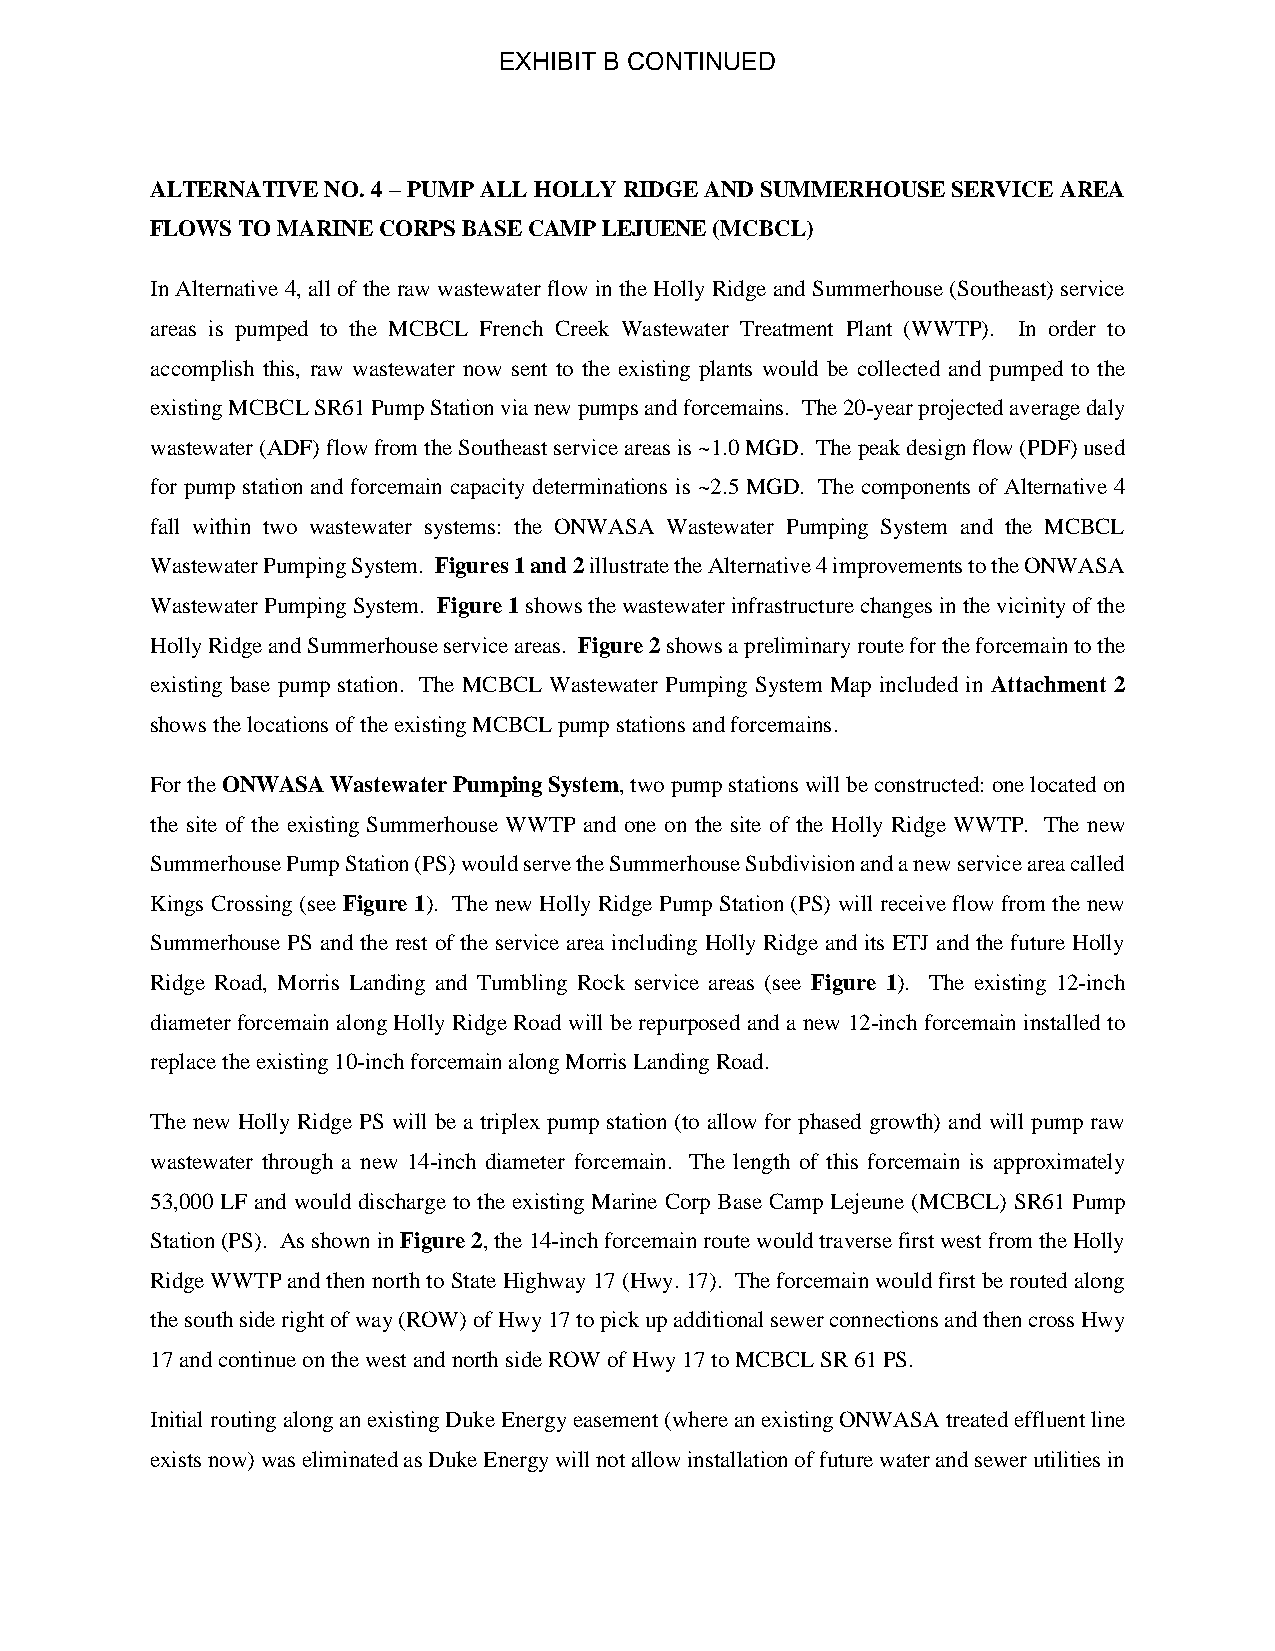
EXHIBIT B CONTINUED
 ALTERNATIVE NO. 4 – PUMP ALL HOLLY RIDGE AND SUMMERHOUSE SERVICE AREA
 FLOWS TO MARINE CORPS BASE CAMP LEJUENE (MCBCL)
 In Alternative 4, all of the raw wastewater flow in the Holly Ridge and Summerhouse (Southeast) service
 areas is pumped to the MCBCL French Creek Wastewater Treatment Plant (WWTP). In order to
 accomplish this, raw wastewater now sent to the existing plants would be collected and pumped to the
 existing MCBCL SR61 Pump Station via new pumps and forcemains. The 20-year projected average daly
 wastewater (ADF) flow from the Southeast service areas is ~1.0 MGD. The peak design flow (PDF) used
 for pump station and forcemain capacity determinations is ~2.5 MGD. The components of Alternative 4
 fall within two wastewater systems: the ONWASA Wastewater Pumping System and the MCBCL
 Wastewater Pumping System. Figures 1 and 2 illustrate the Alternative 4 improvements to the ONWASA
 Wastewater Pumping System. Figure 1 shows the wastewater infrastructure changes in the vicinity of the
 Holly Ridge and Summerhouse service areas. Figure 2 shows a preliminary route for the forcemain to the
 existing base pump station. The MCBCL Wastewater Pumping System Map included in Attachment 2
 shows the locations of the existing MCBCL pump stations and forcemains.
 For the ONWASA Wastewater Pumping System, two pump stations will be constructed: one located on
 the site of the existing Summerhouse WWTP and one on the site of the Holly Ridge WWTP. The new
 Summerhouse Pump Station (PS) would serve the Summerhouse Subdivision and a new service area called
 Kings Crossing (see Figure 1). The new Holly Ridge Pump Station (PS) will receive flow from the new
 Summerhouse PS and the rest of the service area including Holly Ridge and its ETJ and the future Holly
 Ridge Road, Morris Landing and Tumbling Rock service areas (see Figure 1). The existing 12-inch
 diameter forcemain along Holly Ridge Road will be repurposed and a new 12-inch forcemain installed to
 replace the existing 10-inch forcemain along Morris Landing Road.
 The new Holly Ridge PS will be a triplex pump station (to allow for phased growth) and will pump raw
 wastewater through a new 14-inch diameter forcemain. The length of this forcemain is approximately
 53,000 LF and would discharge to the existing Marine Corp Base Camp Lejeune (MCBCL) SR61 Pump
 Station (PS). As shown in Figure 2, the 14-inch forcemain route would traverse first west from the Holly
 Ridge WWTP and then north to State Highway 17 (Hwy. 17). The forcemain would first be routed along
 the south side right of way (ROW) of Hwy 17 to pick up additional sewer connections and then cross Hwy
 17 and continue on the west and north side ROW of Hwy 17 to MCBCL SR 61 PS.
 Initial routing along an existing Duke Energy easement (where an existing ONWASA treated effluent line
 exists now) was eliminated as Duke Energy will not allow installation of future water and sewer utilities in